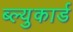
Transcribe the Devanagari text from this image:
ब्ल्युकार्ड